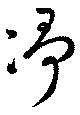
浄